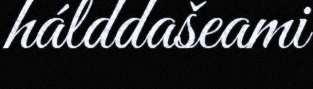
hálddašeami